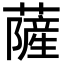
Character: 薩